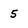
Character: 5